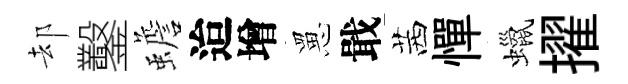
却鑿蟾迨增罳戢茜憚蠟擢